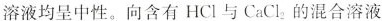
溶液均呈中性。向含有HCl与CaCl_{2}的混合溶液